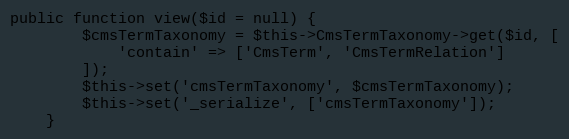
Language: PHP
public function view($id = null) {
        $cmsTermTaxonomy = $this->CmsTermTaxonomy->get($id, [
            'contain' => ['CmsTerm', 'CmsTermRelation']
        ]);
        $this->set('cmsTermTaxonomy', $cmsTermTaxonomy);
        $this->set('_serialize', ['cmsTermTaxonomy']);
    }